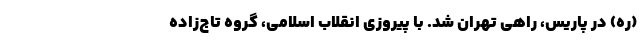
(ره) در پاریس، راهی تهران شد. با پیروزی انقلاب اسلامی، گروه تاج‌زاده